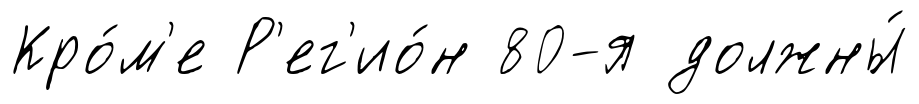
Кро́м'е Р'ег'ио́н 80-я должны́